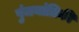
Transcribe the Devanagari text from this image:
पुंजयांत्रिकी